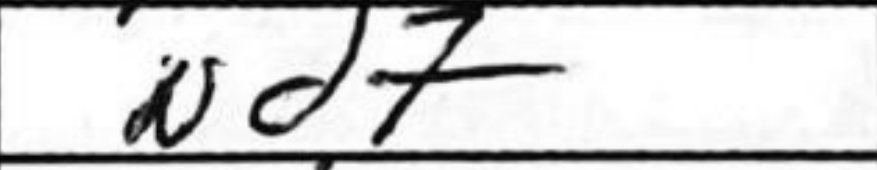
Transcription: Nd7